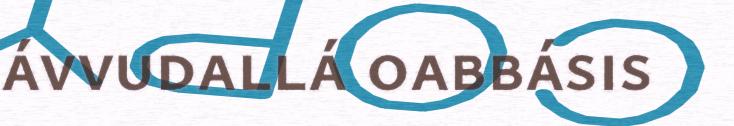
ávvudallá oabbásis